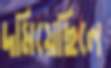
দমিয়েছিলে